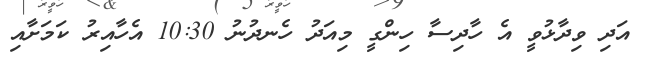
އަދި ވިދާޅުވީ އެ ހާދިސާ ހިންގީ މިއަދު ހެނދުނު 10:30 އެހާއިރު ކަމަށާއި